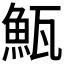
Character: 𩶏